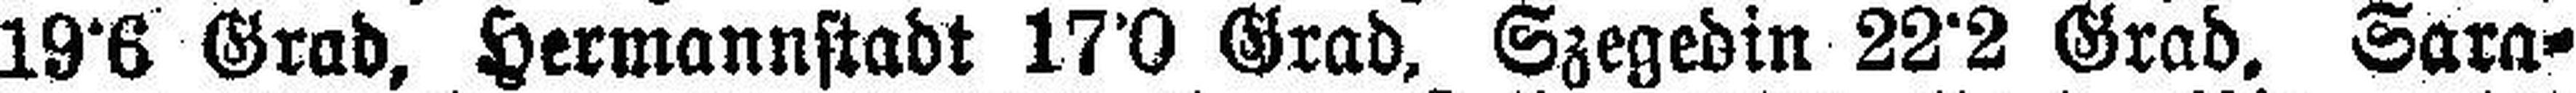
19°6 Grad, Hermannstadt 17°0 Grad, Szegedin 22°2 Grad, Sara¬